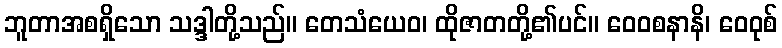
ဘူတာအစရှိသော သဒ္ဒါတို့သည်။ တေသံယေဝ၊ ထိုဇာတတို့၏ပင်။ ဝေဝစနာနိ၊ ဝေဝုစ်